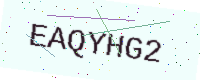
Text: EAQYHG2